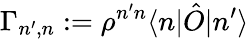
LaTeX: \Gamma_{n^{\prime},n}:=\rho^{n^{\prime}n}\langle n|\hat{O}|n^{\prime}\rangle